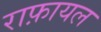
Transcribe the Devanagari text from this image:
राफ़ायल